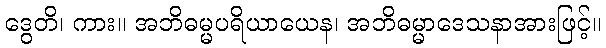
ဒွေတိ၊ ကား။ အဘိဓမ္မပရိယာယေန၊ အဘိဓမ္မာဒေသနာအားဖြင့်။